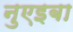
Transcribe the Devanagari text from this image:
नुएइबा